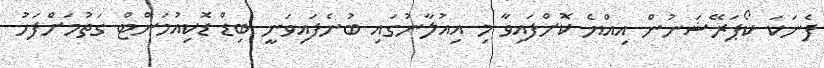
ފެނަކަ ކޯޕަރޭޝަނުން އިއްޔެ ކޮށްފައިވާ މި އިއުލާނުގައި ބުނެފައިވަނީ ބިޑް ޑޮކިއުމަންޓް ގަތުމަށްފަހު